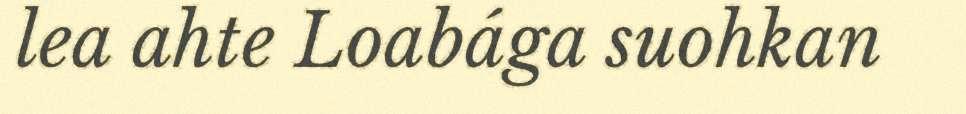
lea ahte Loabága suohkan